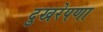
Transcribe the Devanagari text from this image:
दुखरेपणा